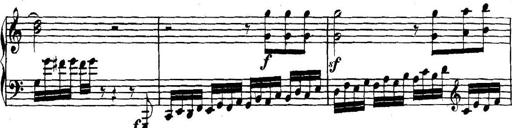
Title: Collected Piano Sonatas
Composer: Muzio Clementi